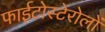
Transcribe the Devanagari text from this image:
फाईटोस्टेरोलों